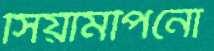
সিয়ামপিনো